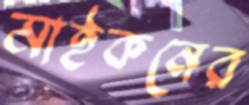
মাইকনের